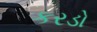
કરડો